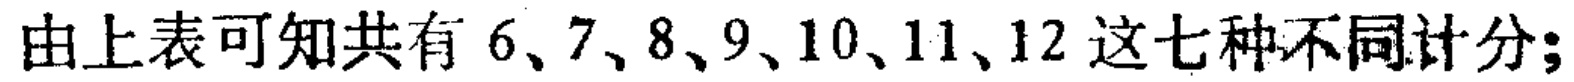
由上表可知共有 \(6、7、8、9、10、11、12\) 这七种不同计分;